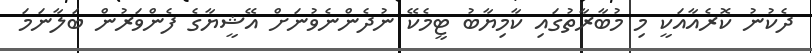
ދެކުނު ކޮރެއާއަކީ މި މުބާރާތުގައި ކާމިޔާބު ޓީމެކޭ ނުދެންނެވުނަށް އޭޝީޔާގެ ފެންވަރުން ބަލާނަމަ